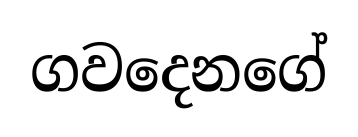
ගවදෙනගේ